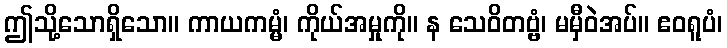
ဤသို့သောရှိသော။ ကာယကမ္မံ၊ ကိုယ်အမှုကို။ န သေဝိတဗ္ဗံ၊ မမှီဝဲအပ်။ ဧဝရူပံ၊